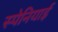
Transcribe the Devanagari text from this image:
स्‍पेनियाई